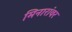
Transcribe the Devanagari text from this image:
मिनारांवर